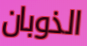
الذوبان